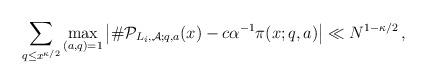
LaTeX: \begin{align*}\sum_{q\leq x^{\kappa/2}} \max_{(a,q)=1}\left\lvert \#\mathcal{P}_{L_i,\mathcal{A};q,a}(x)-c\alpha^{-1} \pi(x;q,a)\right\rvert \ll N^{1-\kappa/2}\,,\end{align*}